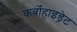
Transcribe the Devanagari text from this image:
कर्बोहाइड्रेट